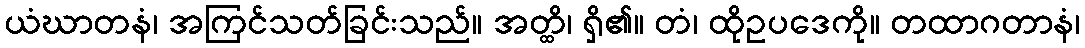
ယံဃာတနံ၊ အကြင်သတ်ခြင်းသည်။ အတ္ထိ၊ ရှိ၏။ တံ၊ ထိုဥပဒေကို။ တထာဂတာနံ၊